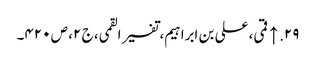
۲۹. ↑ قمی، علی بن ابراہیم، تفسیر القمی، ج ۲، ص ۴۲۰۔